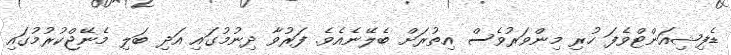
ޑެފިޝިއަންޓްވެފަ ހުރި މިންވަރުވެސް އިތުރަށް ބެލޭނެއެވެ. ފަރުވާ ދިނުމުގައި އަދި ބަލި މެނޭޖްކުރުމުގައި